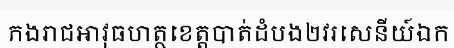
កងរាជអាវុធហត្ថខេត្តបាត់ដំបង២វរសេនីយ៍ឯក